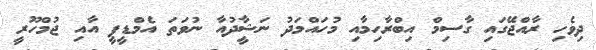
ދިވެހި ރާއްޖޭގައި ގާސިމް އިބްރާހިމާއި މުހައްމަދު ނަޝީާދުއާ ނުވަތަ އެމްޑީޕީ އާއި ޖުމްހޫރީ